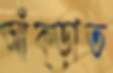
আঁক্‌ড়াত